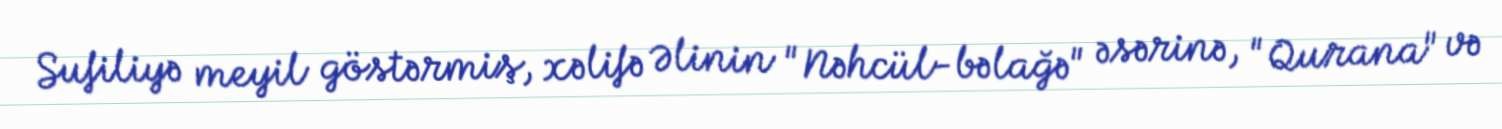
Sufiliyə meyil göstərmiş, xəlifə Əlinin "Nəhcül-bəlağə" əsərinə, "Qurana" və